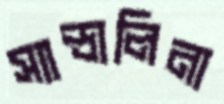
স্যান্ডালিনা